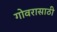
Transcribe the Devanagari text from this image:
गोवरासाठी